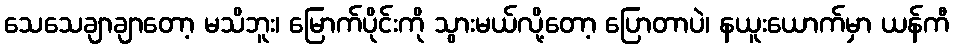
သေသေချာချာတော့ မသိဘူး၊ မြောက်ပိုင်းကို သွားမယ်လို့တော့ ပြောတာပဲ၊ နယူးယောက်မှာ ယန်ကီ